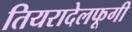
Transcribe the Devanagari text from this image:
तियरादेलफूगी